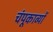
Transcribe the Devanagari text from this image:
चंपूकाव्यों